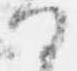
る